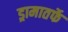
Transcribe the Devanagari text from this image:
ड्रामातर्फे